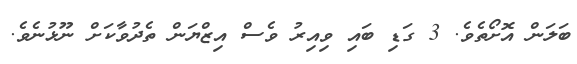
ބަލަން އޮށޯތެވެ. 3 ގަޑި ބައި ވިއިރު ވެސް އިޒްޔަން ތެދުވާކަށް ނޫޅުނެވެ.